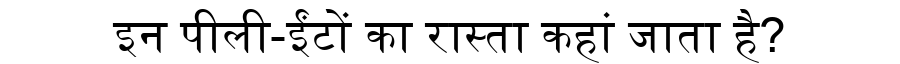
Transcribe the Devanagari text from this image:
इन पीली-ईंटों का रास्ता कहां जाता है?